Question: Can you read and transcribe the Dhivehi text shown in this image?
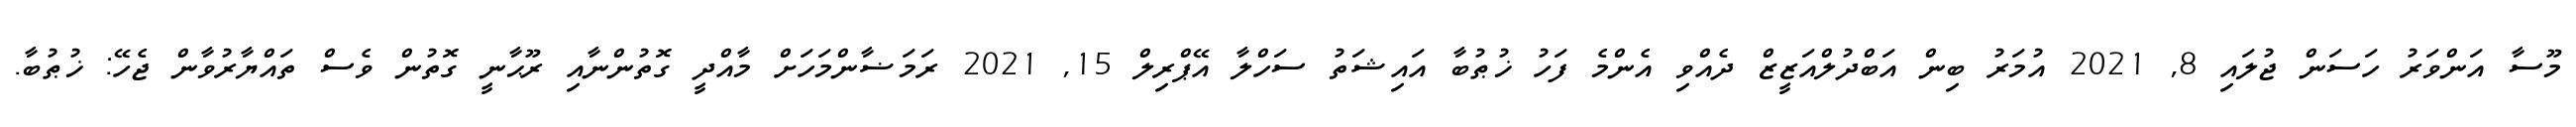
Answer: މޫސާ އަންވަރު ހަސަން ޖުލައި 8, 2021 އުމަރު ބިން އަބްދުލްއަޒީޒް ދެއްވި އެންމެ ފަހު ޚުޠުބާ އައިޝަތު ސަހްލާ އޭޕްރިލް 15, 2021 ރަމަޟާންމަހަށް މާއްދީ ގޮތުންނާއި ރޫޙާނީ ގޮތުން ވެސް ތައްޔާރުވާން ޖެހޭ: ޚުޠުބާ.